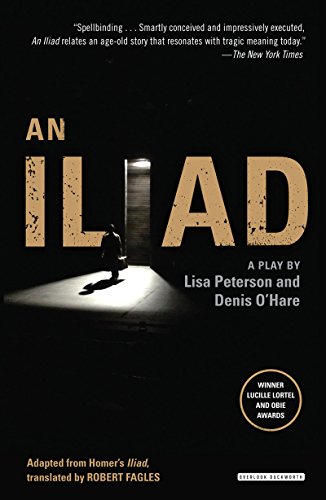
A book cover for An Iliad; Lisa Peterson; Literature & Fiction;